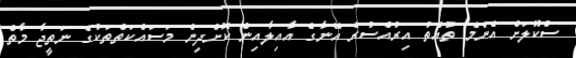
ސްކޫލަށް އެންމެ ތުއްތު އިރުއްސުރެ އޭނާގެ އާއިލާއިން ކޮށްދިން މަސައްކަތްތަކުގެ ނަތީޖާ މާތް